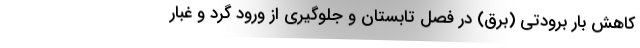
کاهش بار برودتی (برق) در فصل تابستان و جلوگیری از ورود گرد و غبار